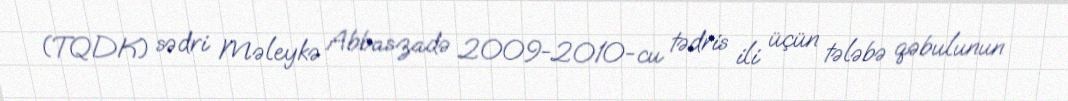
(TQDK) sədri Məleykə Abbaszadə 2009-2010-cu tədris ili üçün tələbə qəbulunun